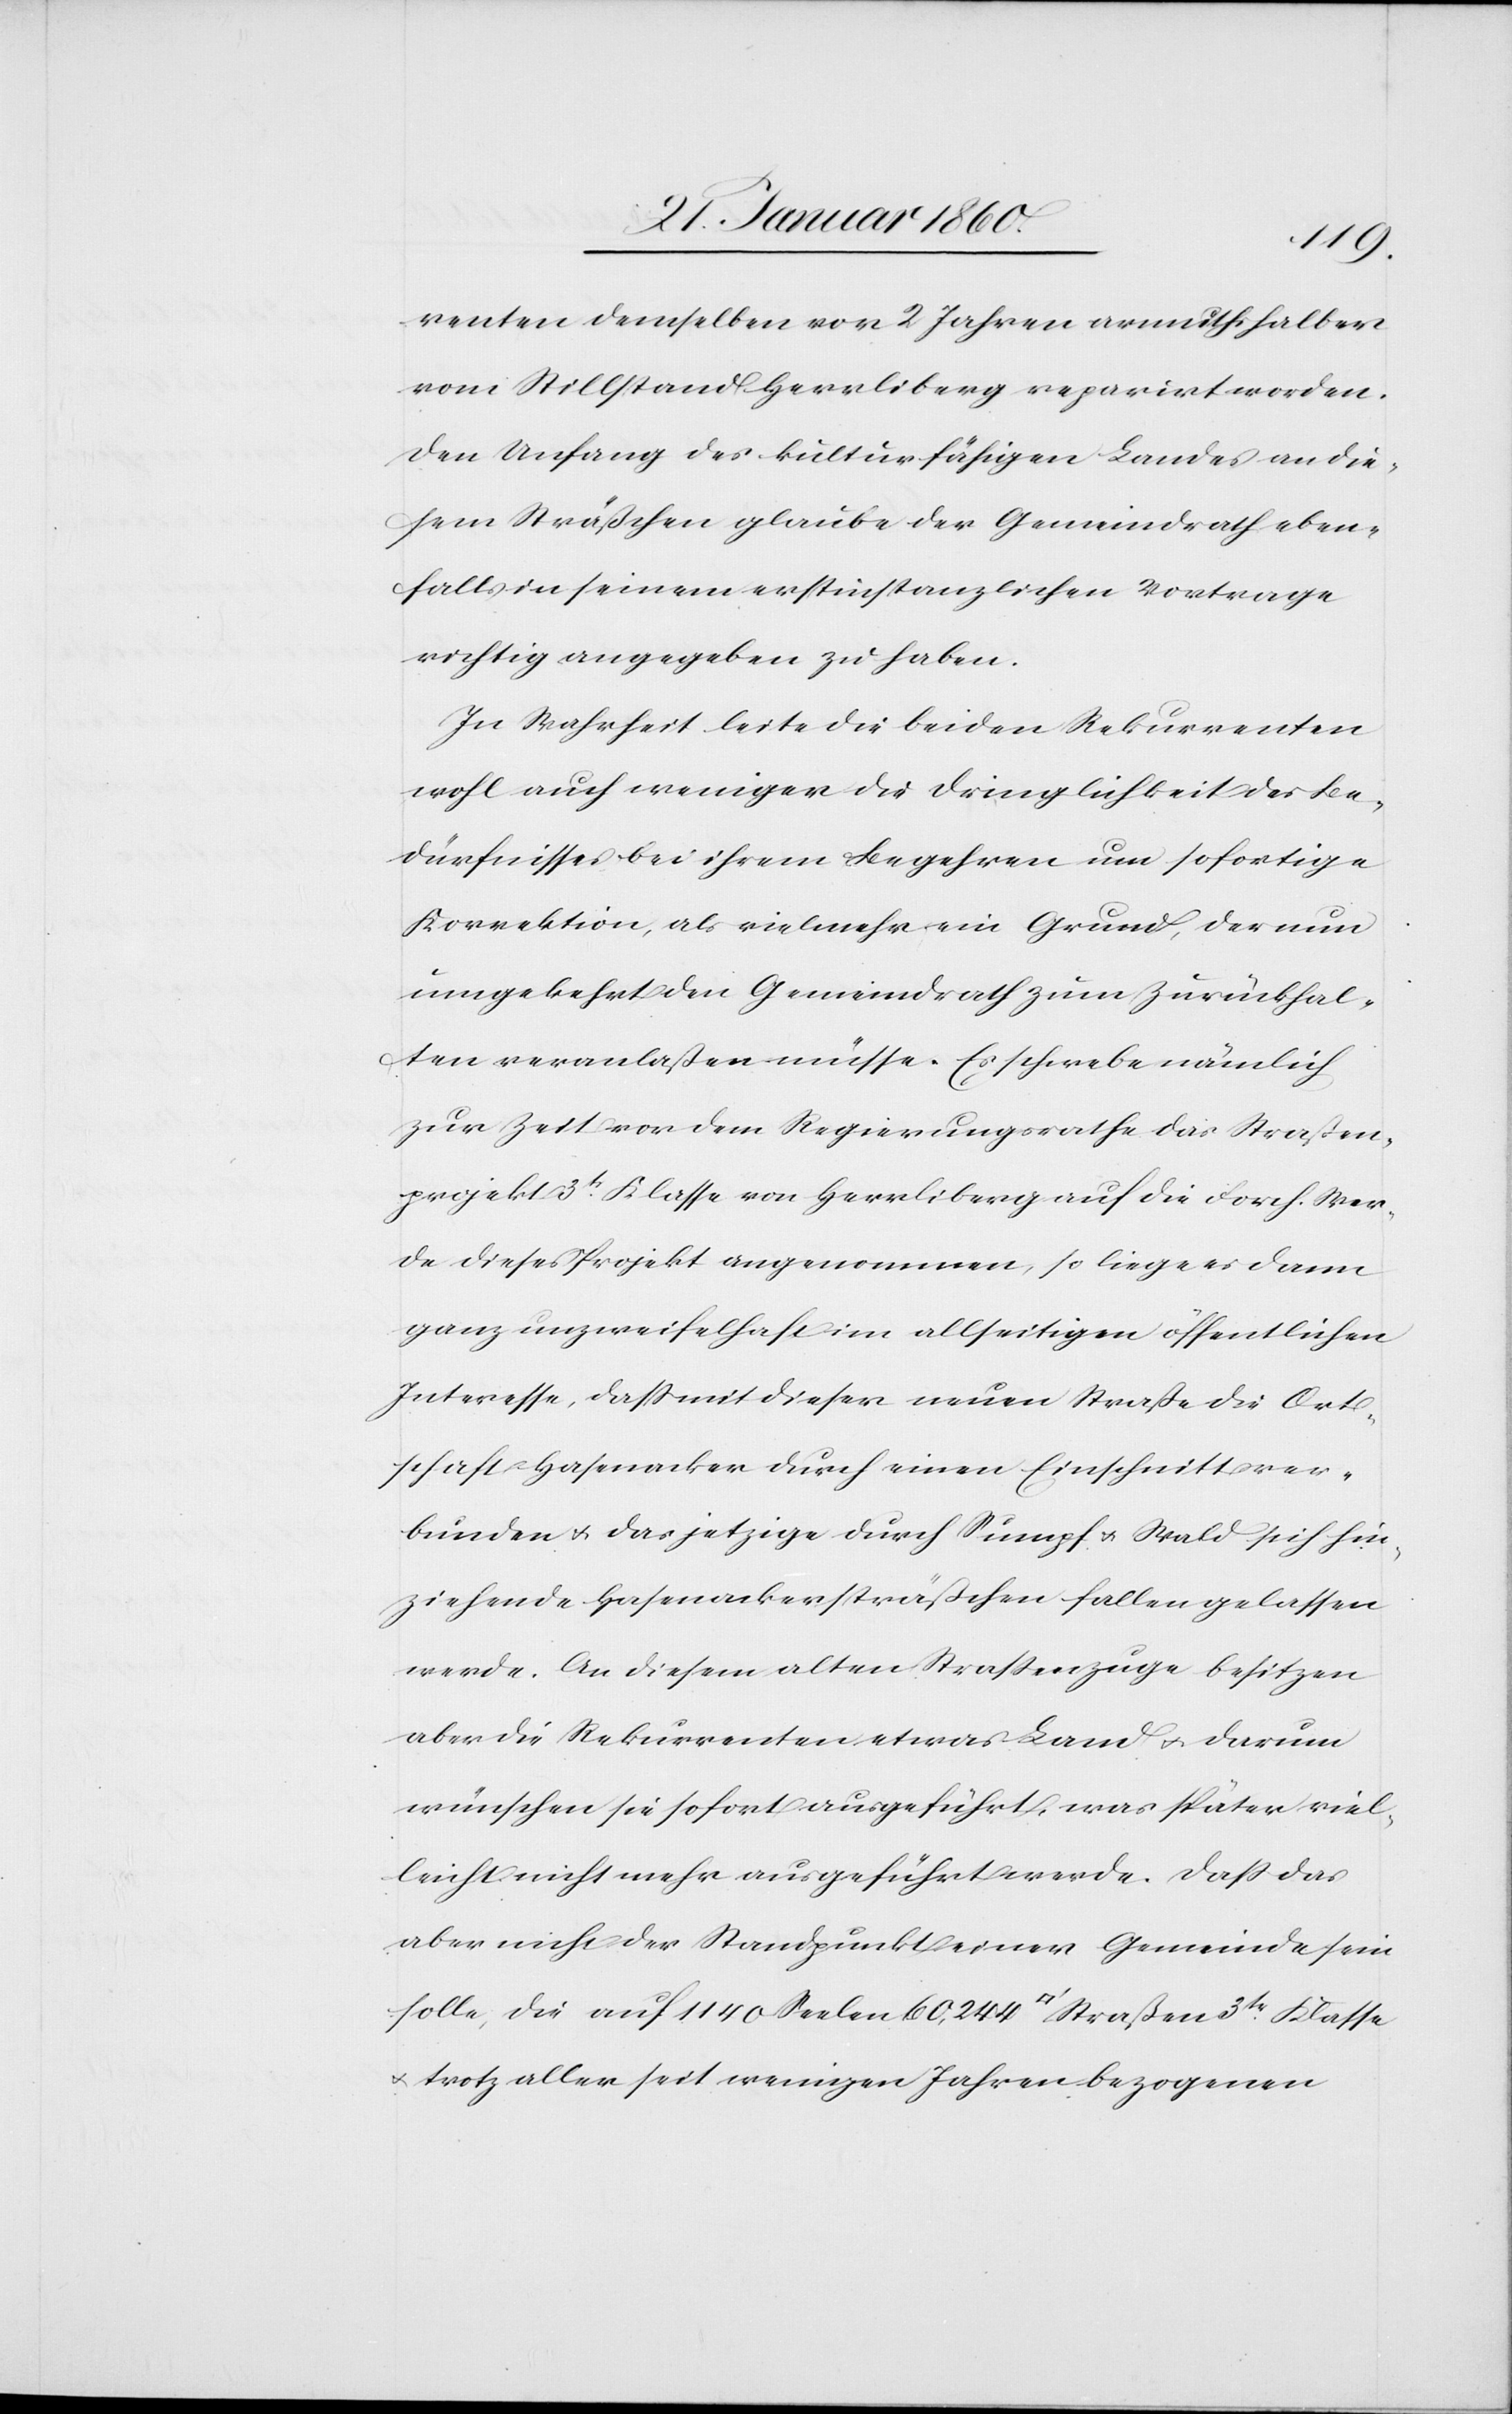
renten demselben vor 2 Jahren armuthhalben
vom Stillstand Herrliberg reparirt worden.
Den Anfang des kulturfähigen Landes an die¬
sem Sträßchen glaube der Gemeindrath eben¬
falls in seinem erstinstanzlichen Vertrage
richtig angegeben zu haben.
In Mehrheit leite die beiden Rekurrenten
wohl auch weniger die Dringlichkeit des Be¬
dürfnisses bei ihrem Begehren um sofortige
Korrektion, als vielmehr ein Grund, der nun
umgekehrt den Gemeindrath zum Zurückhal¬
ten veranlassen müsse. Es schwebe nämlich
zur Zeit vor dem Regierungsrathe das Strassen¬
projekt 3tr Klasse von Herrliberg auf die Forch. Wer¬
de dieses Projekt angenommen, so liege es dann
ganz unzweifelhaft im allseitigen öffentlichen
Interesse, dass mit dieser neuen Strasse die Ort¬
schaft Hasenacker durch einen Einschnitt ver¬
bunden u. das jetzige durch Sumpf u. Wald sich hin¬
ziehende Hasenackersträsschen fallen gelassen
werde. An diesem alten Strassenzuge besitzen
aber die Rekurrenten etwas Land u. darum
wünschen sie sofort ausgeführt, was später viel¬
leicht nicht mehr ausgeführt werde. Dass das
aber nicht der Standpunkt einer Gemeinde sein
solle, die auf 1140 Seelen 60,244 [Quadratfuß] Straßen 3tr Klasse
u. trotz aller seit weniger Jahren bezogenen